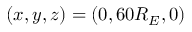
( x , y , z ) = ( 0 , 6 0 R _ { E } , 0 )